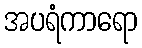
အပရံကာရော